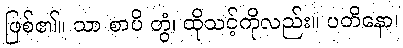
ဖြစ်၏။ သာ စာပိ တွံ၊ ထိုသင့်ကိုလည်း။ ပတိနော၊